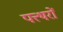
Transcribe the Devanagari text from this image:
पत्त्थरों